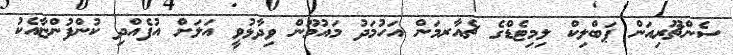
ސެންޗޫރިއަން ޕަބްލިކް ލިމިޓެޑްގެ ޗެއާރމަން އަހުމަދު މައުމޫން ވިދާޅުވީ އަލަށް އުފެއްދި ކުންފުންޏާއެކު